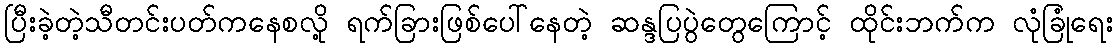
ပြီးခဲ့တဲ့သီတင်းပတ်ကနေစလို့ ရက်ခြားဖြစ်ပေါ်နေတဲ့ ဆန္ဒပြပွဲတွေကြောင့် ထိုင်းဘက်က လုံခြုံရေး